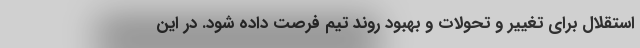
استقلال برای تغییر و تحولات و بهبود روند تیم فرصت داده شود. در این